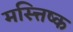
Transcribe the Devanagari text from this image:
मस्त्तिष्क